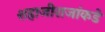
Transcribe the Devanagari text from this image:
शहाजीराजांकडे